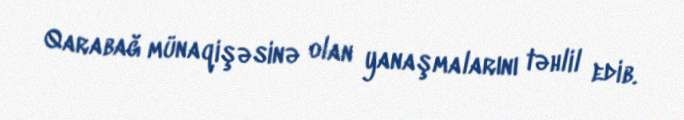
Qarabağ münaqişəsinə olan yanaşmalarını təhlil edib.